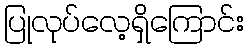
ပြုလုပ်လေ့ရှိကြောင်း